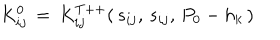
K _ { i j } ^ { 0 } \, = \, K _ { i j } ^ { T + + } ( \, s _ { i j } , \, s _ { i j } , \, P _ { 0 } - h _ { k } \, )